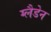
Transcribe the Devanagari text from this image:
ग्लैडेन